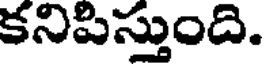
కనిపిస్తుంది.